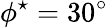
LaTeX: \phi^{\star}=30^{\circ}